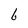
Character: b